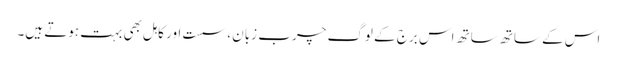
اس کے ساتھ ساتھ اس برج کے لوگ چرب زبان ، سست اور کاہل بھی بہت ہوتے ہیں۔